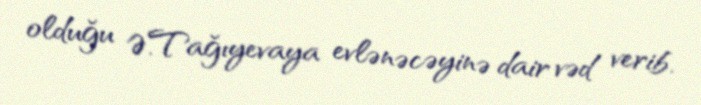
olduğu Ə.Tağıyevaya evlənəcəyinə dair vəd verib.